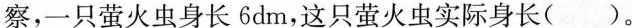
察，一只萤火虫身长6dm，这只萤火虫实际身长( )。